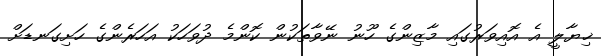
ޚިޔާލީ އެ އޮއިވަރުގައި މާޒިންގެ ހޫނު ނޭވާތަކުން ކޮންމެ ދުވަހަކު އަހަރެންގެ ހަށިގަނޑަށް